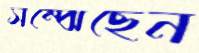
সম্‌ঝেছেন